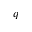
q